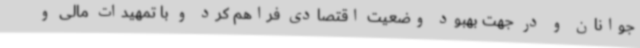
جوانان و در جهت بهبود وضعیت اقتصادی فراهم کرد و با تمهیدات مالی و